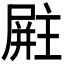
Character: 𪨚